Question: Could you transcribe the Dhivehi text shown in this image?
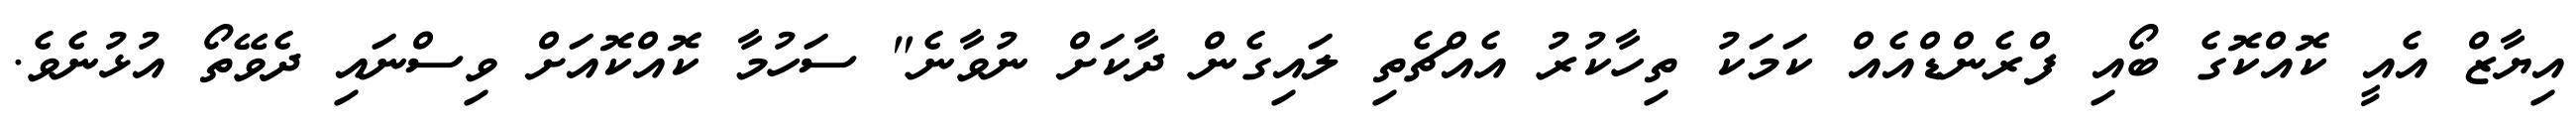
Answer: އިޔާޒް އެއީ ކޮއްކޮގެ ބޯއި ފްރެންޑްއެއް ކަމަކު ތިހާކުރު އެއްޗެތި ލައިގެން ދާކަށް ނުވާނެ" ސަހުމާ ކޮއްކޮއަށް ވިސްނައި ދެވޭތޯ އުޅުނެވެ.